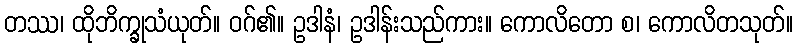
တဿ၊ ထိုဘိက္ခုသံယုတ်။ ဝဂ်၏။ ဥဒါနံ၊ ဥဒါန်းသည်ကား။ ကောလိတော စ၊ ကောလိတသုတ်။